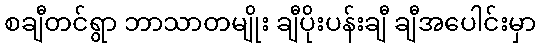
စချီတင်ရွာ ဘာသာတမျိုး ချီပိုးပန်းချီ ချီအပေါင်းမှာ